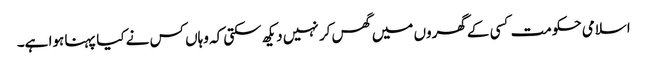
اسلامی حکومت کسی کے گھروں میں گھس کر نہیں دیکھ سکتی کہ وہاں کس نے کیا پہنا ہوا ہے۔